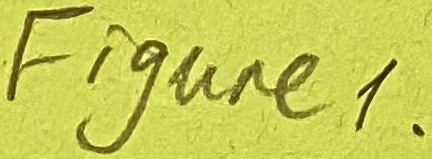
Text: Figure1